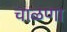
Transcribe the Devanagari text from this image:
चाळणा